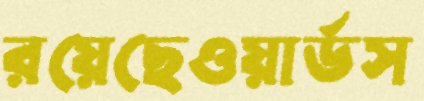
রয়েছেওয়ার্ডস